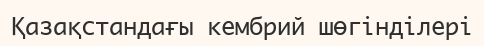
Қазақстандағы кембрий шөгінділері